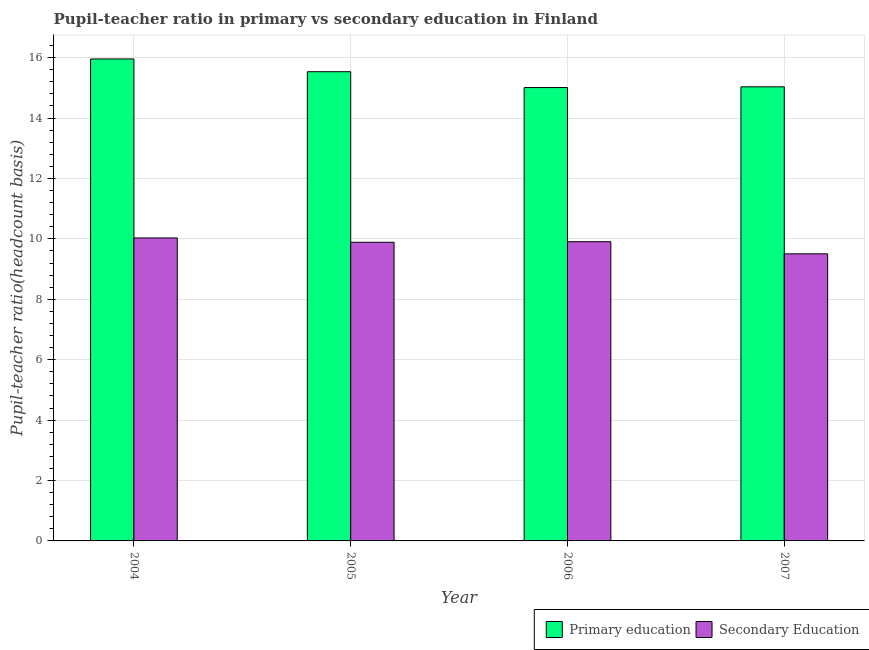
| Year | Primary education | Secondary Education |
 | --- | --- | --- |
 | 2004 | 16 | 10 |
 | 2005 | 15.5 | 9.89 |
 | 2006 | 15 | 9.91 |
 | 2007 | 15 | 9.5 |